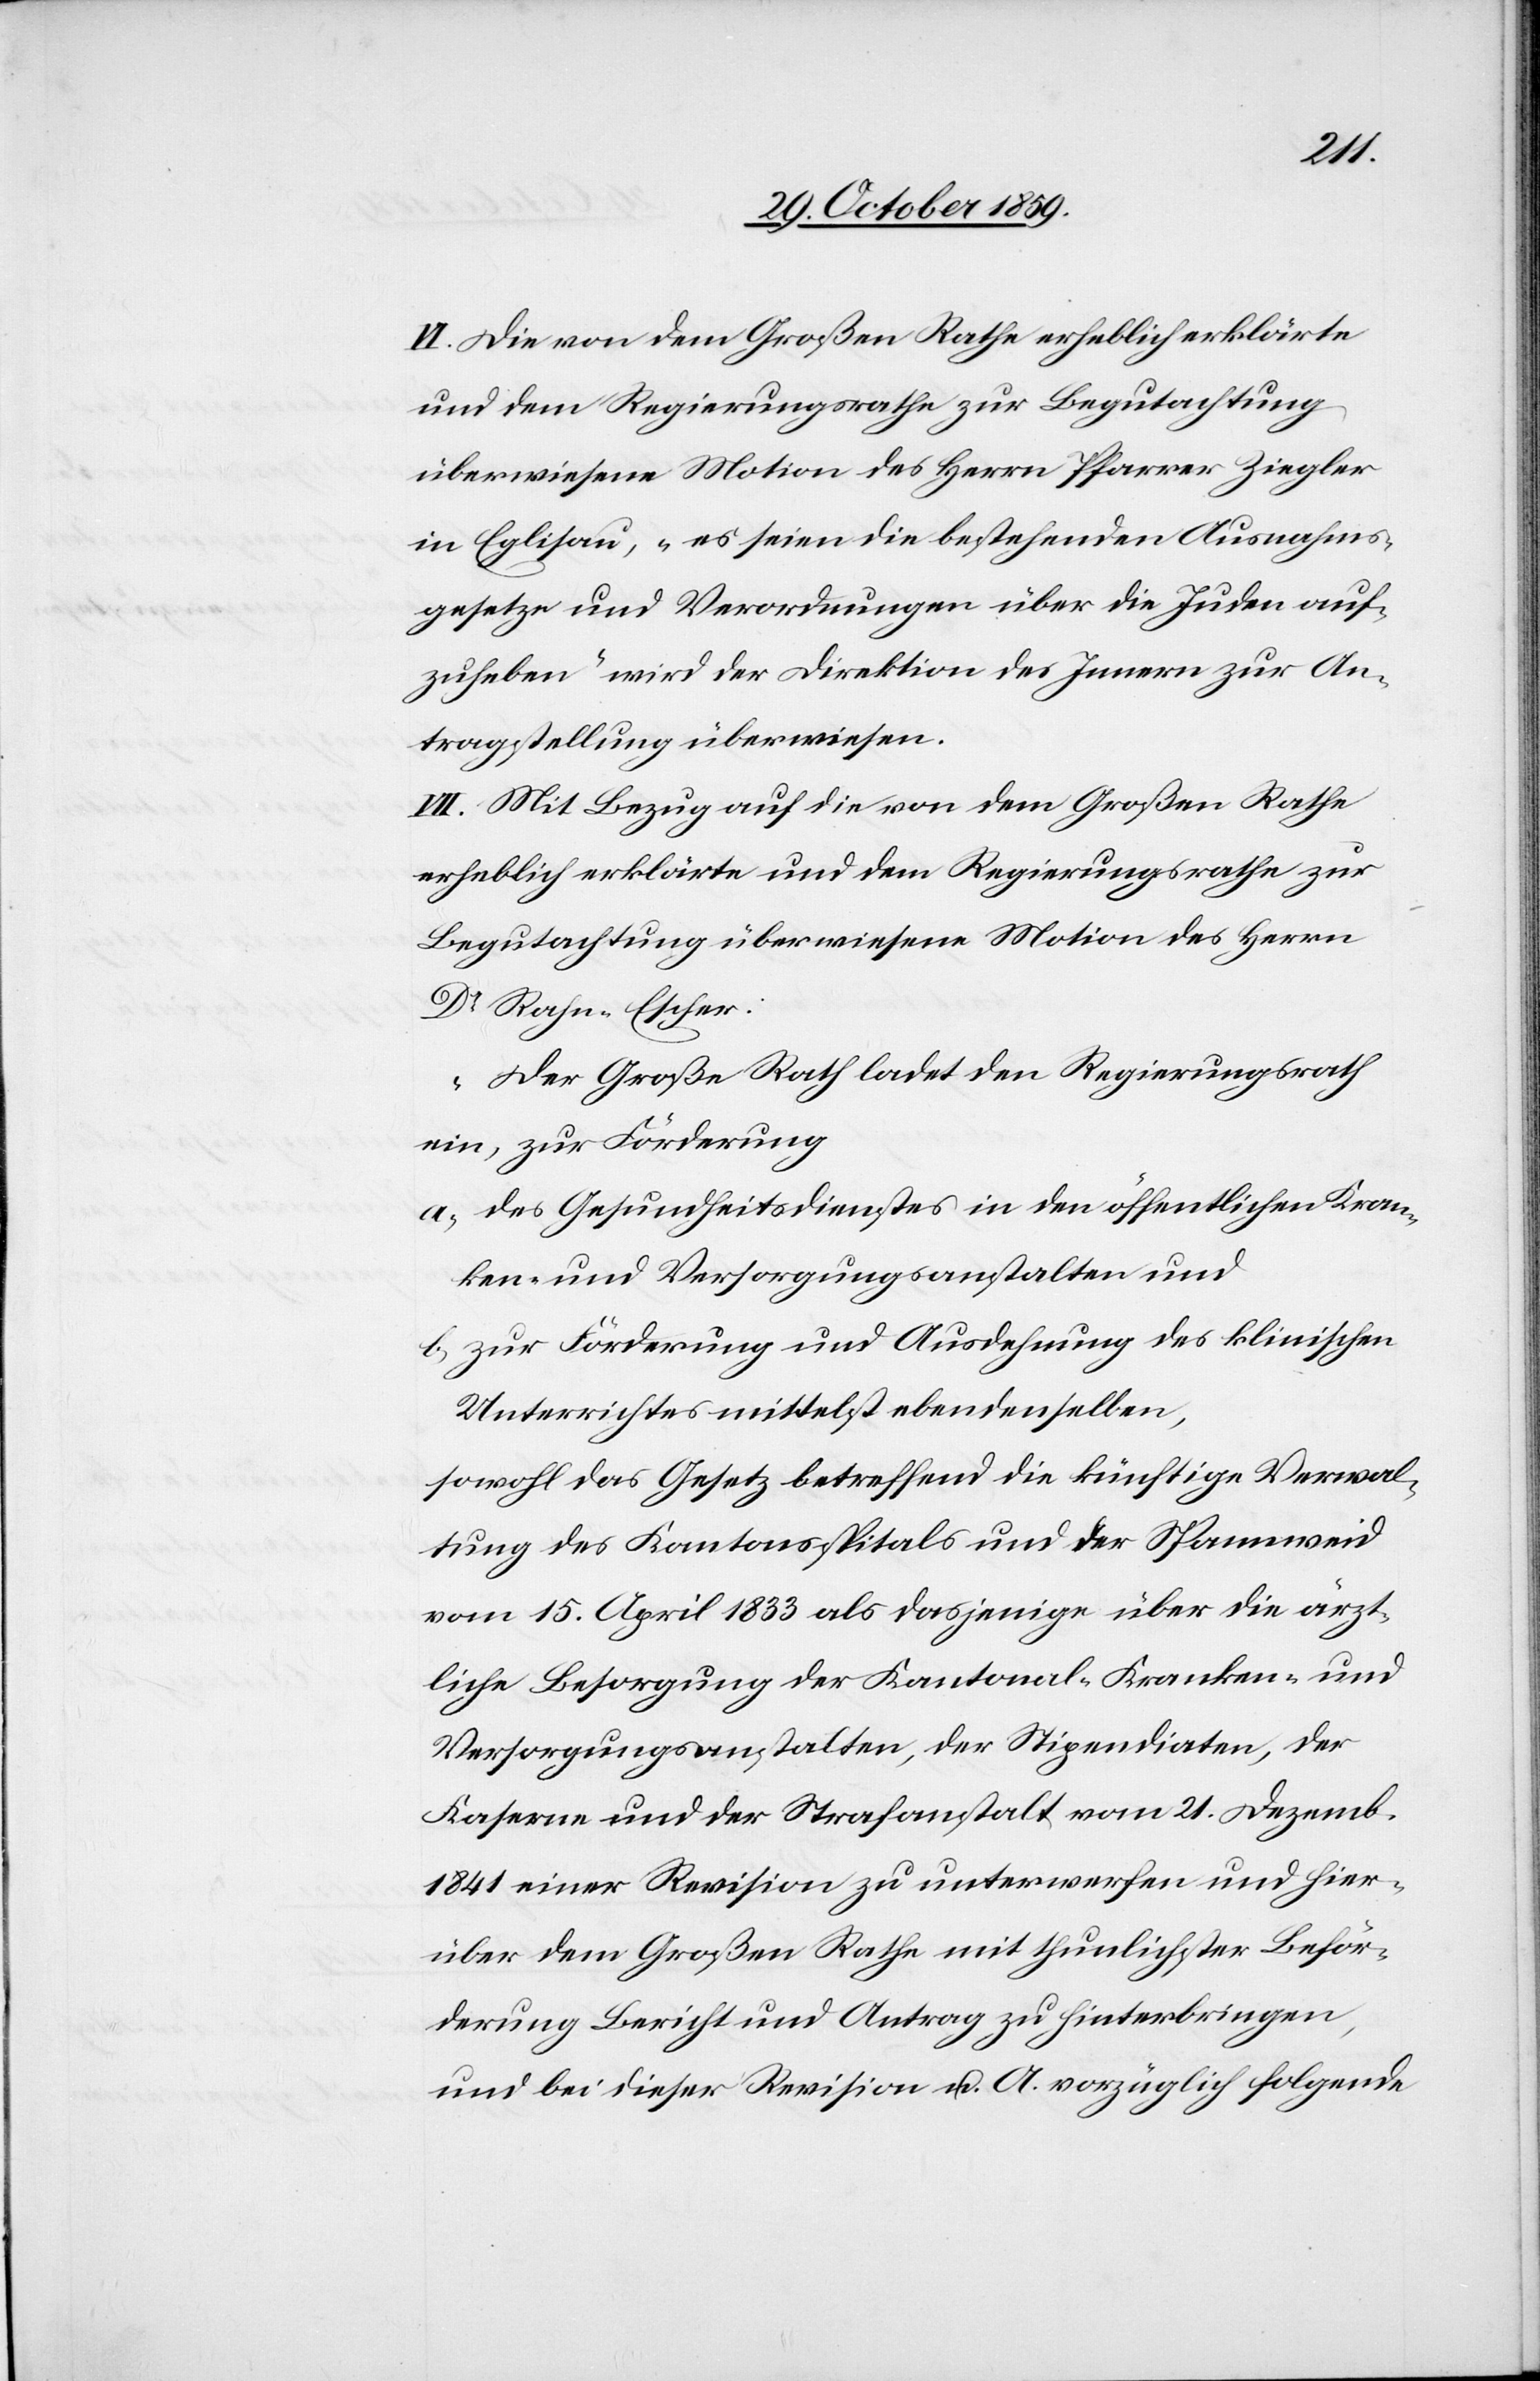
VI. Die von dem Großen Rathe erheblich erklärte
und dem Regierungsrathe zur Begutachtung
überwiesene Motion des Herrn Pfarrer Ziegler
in Eglisau, „es seinen die bestehenden Ausnahms¬
gesetze und Verordnungen über die Juden auf¬
zuheben“ wird der Direktion des Innern zur An¬
tragstellung überwiesen.
VII. Mit Bezug auf die von dem Großen Rathe
erheblich erklärte und dem Regierungsrathe zur
Begutachtung überwiesenen Motion des Herrn
Dr. Roche-Escher:
„Der Große Rath ladet den Regierungsrath
ein, zur Förderung
a) des Gesundheitsdienstes in den öffentlichen Kran¬
ken- und Versorgungsanstalten und
b) zur Förderung und Ausdehnung des klinischen
Unterrichts mittelst ebendenselben,
sowohl das Gesetz betreffend die künftige Verwal¬
tung des Kantonsspitals und der Spannweid
vom 15. August 1833 als dasjenige über die ärzt¬
liche Besorgung der Kantonal- Kranken- und
Versorgungsanstalten, der Stipendiaten, der
Kaserne und der Strafanstalt vom 21. Dezemb.
1841 einer Revision zu unterwerfen und hier¬
über dem Großen Rathe mit thunlichster Beför¬
derung Bericht und Antrag zu hinterbringen,
und bei dieser Revision u. A. vorzüglich folgende